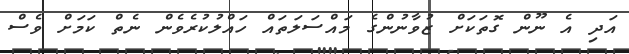
އަދި އެ ނޫން ގޮތަކަށް ޒުވާނުންގެ މައްސަލަތައް ހައްލުކުރެވެން ނެތް ކަމަށް ވެސް